Scottish Certificate of Education, 1962
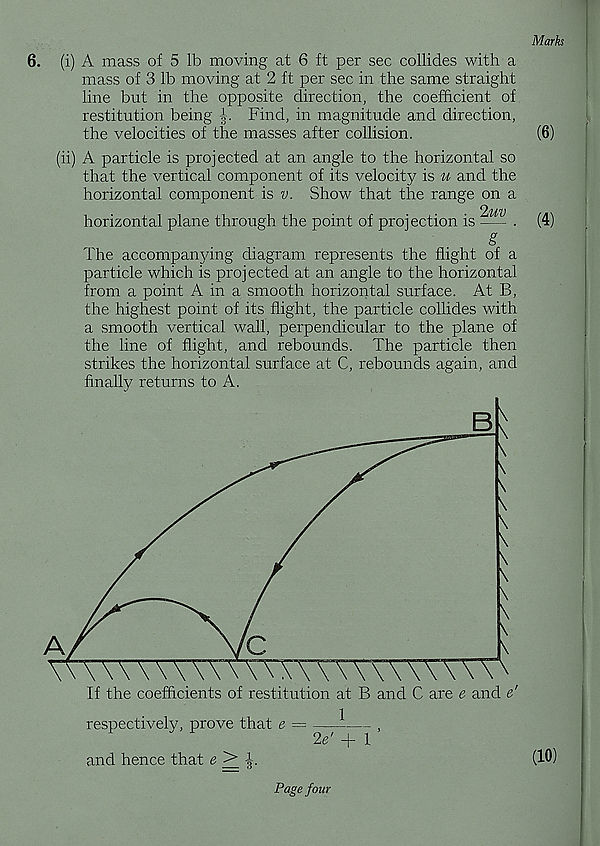
Marks
6. (i) A mass of 5 lb moving at 6 ft per sec collides with a
mass of 3 lb moving at 2 ft per sec in the same straight
line but in the opposite direction, the coefficient of
restitution being A. Find, in magnitude and direction,
the velocities of the masses after collision.
(ii) A particle is projected at an angle to the horizontal so
that the vertical component of its velocity is u and the
horizontal component is v. Show that the range on a
horizontal plane through the point of projection is <^V - .
g
The accompanying diagram represents the flight of a
particle which is projected at an angle to the horizontal
from a point A in a smooth horizontal surface. At B,
the highest point of its flight, the particle collides with
a smooth vertical wall, perpendicular to the plane of
the line of flight, and rebounds. The particle then
strikes the horizontal surface at C, rebounds again, and
finally returns to A.
If the coefficients of restitution at B and C are e and e'
1
respectively, prove that e
and hence that e
2e' + I
(6)
(4)
(10)
Page four